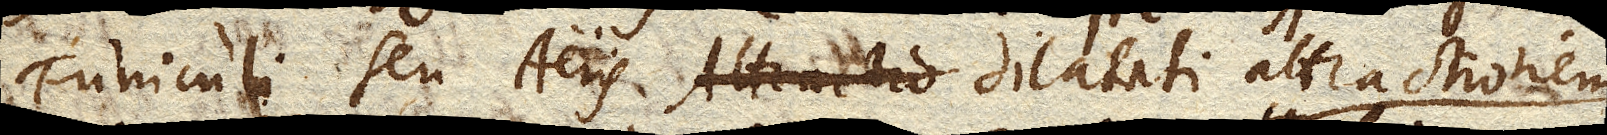
Funiculi seu Aeris dilatati attractionem,